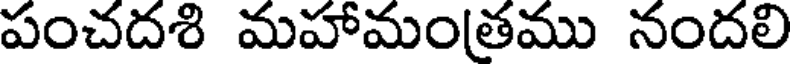
పంచదశి మహామంతము నందలి